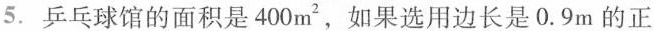
5.乒乓球馆的面积是400m^{2}，如果选用边长是0.9m的正